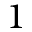
1